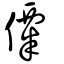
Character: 僳